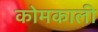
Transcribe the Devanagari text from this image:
कोमकाली